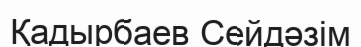
Қадырбаев Сейдәзім